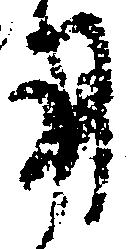
用